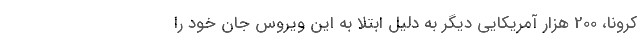
کرونا، 200 هزار آمریکایی دیگر به دلیل ابتلا به این ویروس جان خود را